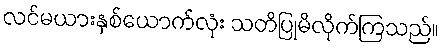
လင်မယားနှစ်ယောက်လုံး သတိပြုမိလိုက်ကြသည်။